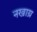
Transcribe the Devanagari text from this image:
नखाग्र